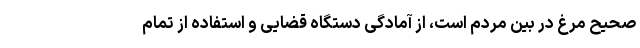
صحیح مرغ در بین مردم است، از آمادگی دستگاه قضایی و استفاده از تمام